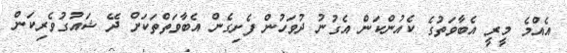
އެއްމެ މީރީ އެބާވަތުގެ ކެއުންކަން އެގުނު ދުވަހުން ފެށިގެން އެބާވަތްތަކަށް ދޭ ޝައުގުވެރިކަން